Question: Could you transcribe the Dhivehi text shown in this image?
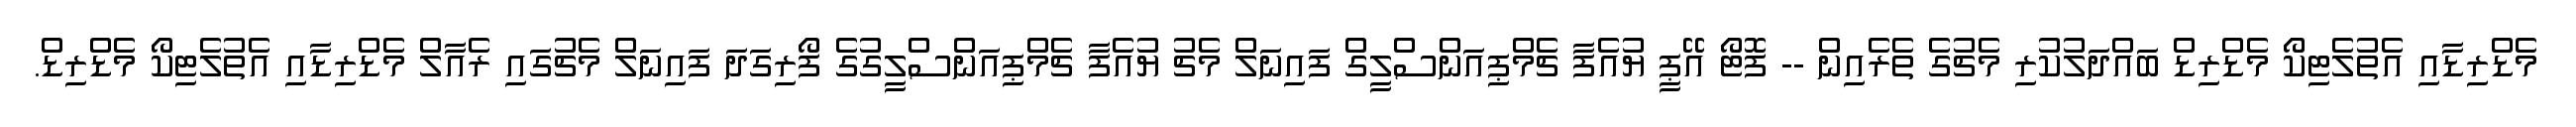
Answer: މެޑްރިޑާއި އެތުލެޓިކޯ މެޑްރިޑް ބައްދަލުކުރި މެޗުގެ ތެރެއިން -- ފޮޓޯ އޭޕީ ޔުއެފާ ޗެމްޕިއަންސްލީގް ފައިނަލް މެޗު ޔުއެފާ ޗެމްޕިއަންސްލީގުގެ ފޯރިގަދަ ފައިނަލް މެޗުގައި ރެއާލް މެޑްރިޑާއި އެތުލެޓިކޯ މެޑްރިޑް.